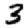
Digit: 3